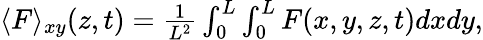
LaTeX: \begin{array}{r}{\langle F\rangle_{xy}(z,t)=\frac{1}{L^{2}}\int_{0}^{L}\int_{0}^{L}F(x,y,z,t)dxdy,}\end{array}